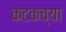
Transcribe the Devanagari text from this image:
कटकच्या